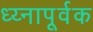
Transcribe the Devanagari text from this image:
ध्य्नापूर्वक